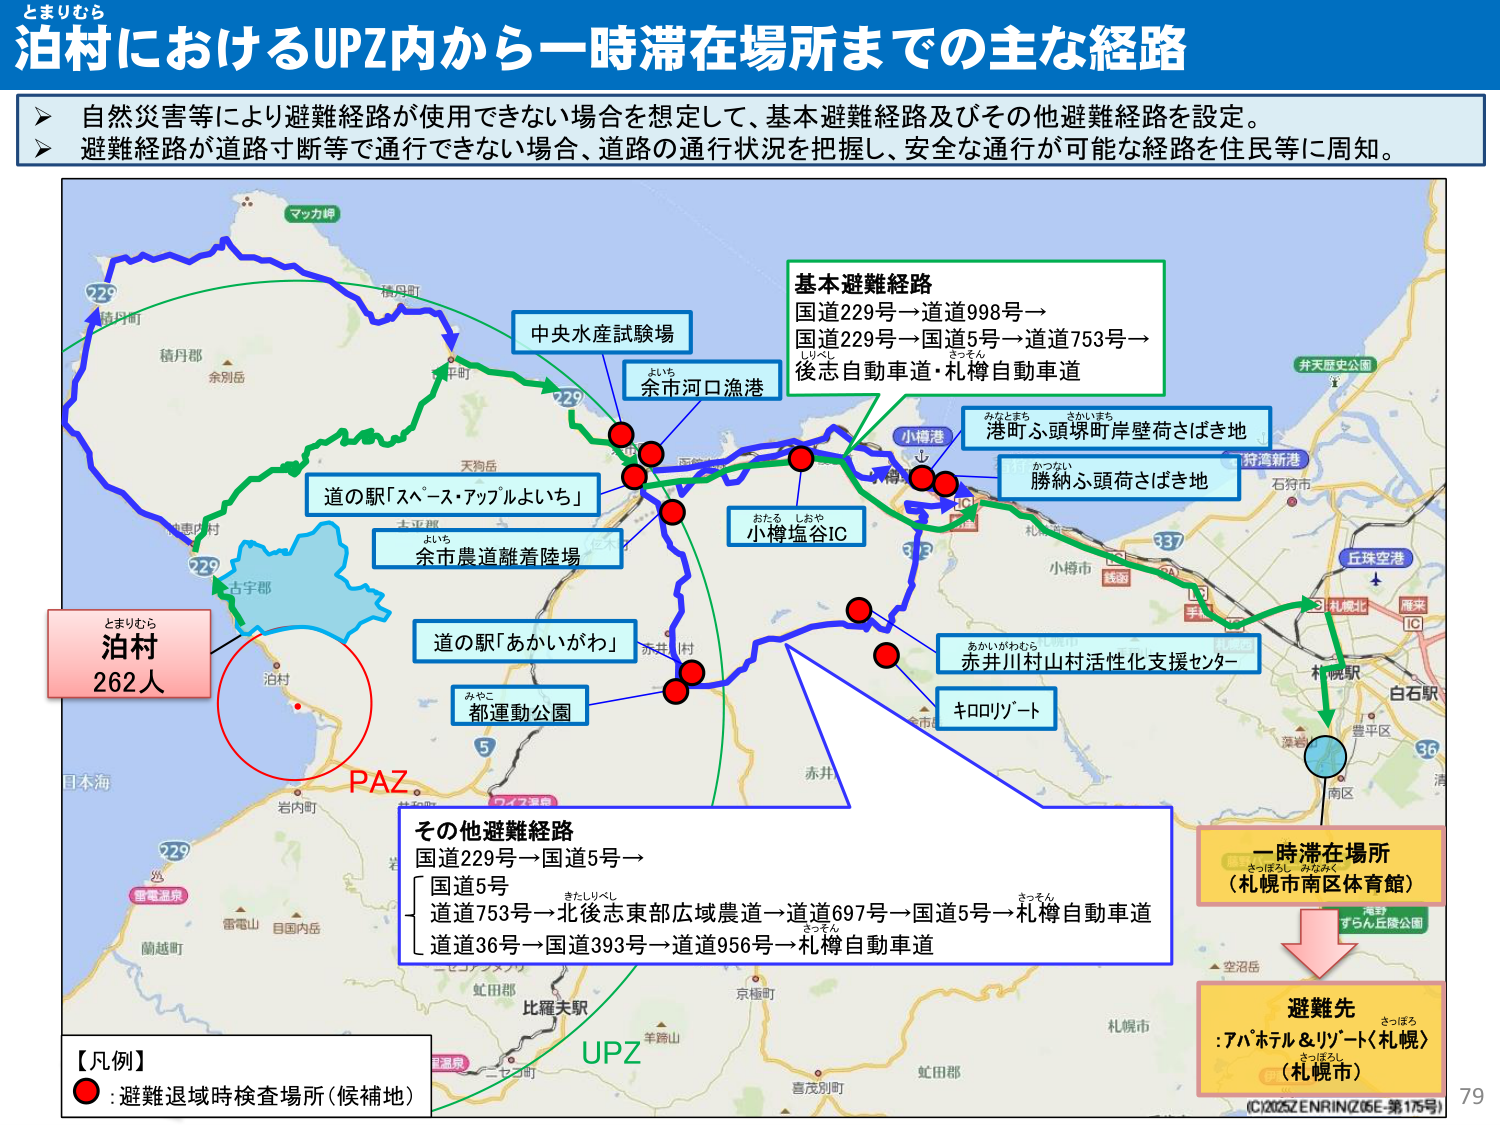
とまりむら
泊村におけるUPZ内から一時滞在場所までの主な経路

自然災害等により避難経路が使用できない場合を想定して、基本避難経路及びその他避難経路を設定。
避難経路が道路寸断等で通行できない場合、道路の通行状況を把握し、安全な通行が可能な経路を住民等に周知。

マッカ岬
積丹町
積丹部
余別岳
天狗岳
中央水産試験場
余市河口漁港
たいち
229
道の駅「スペース・アップルよいち」
古平郡
余市農道離着陸場
よいち
道の駅「あかいがわ」
みやこ
都運動公園
小樽港
みなとまち
さかいまち
港町ふ頭塚町岸壁荷さばき地
かつない
勝納ふ頭荷さばき地
小樽塩谷IC
おたる しおや
赤井川村山村活性化支援センター
あかいがわむら
キロリゾート
337
石狩市
井天歴史公園
狩連新港
札幌北
手稲
白石駅
札幌駅
豊平区
南区
36
清
空沼岳
比羅夫駅
羊蹄山
京極町
虻田郡
喜茂別町
目国内岳
雷電温泉
蘭越町
岩内町
日本海
229
PAZ
UPZ
とまりむら
泊村
262人
基本避難経路
国道229号→道道998号→
国道229号→国道5号→道道753号→
後志自動車道・札樽自動車道
その他避難経路
国道229号→国道5号→
国道5号
道道753号→北後志東部広域農道→道道697号→国道5号→札樽自動車道
道道36号→国道393号→道道956号→札樽自動車道
きたしりべし
さっそん
さっほろ
さっぽろ
一時滞在場所
（札幌市南区体育館）
避難先
：アパホテル＆リゾート（札幌）
（札幌市）
【凡例】
●：避難退域時検査場所（候補地）
(C)2025 ZENRIN (Z05E-第175号)
79